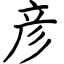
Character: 彦